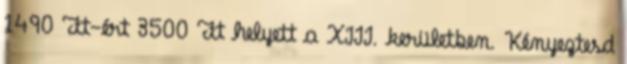
1490 Ft-ért 3500 Ft helyett a XIII. kerületben. Kényeztesd